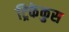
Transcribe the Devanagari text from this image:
ट्रिकेकुस